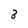
Character: 3